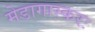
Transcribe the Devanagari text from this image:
मेडागास्करः